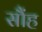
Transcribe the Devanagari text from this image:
सौंह